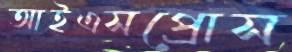
আইএসপ্রোস